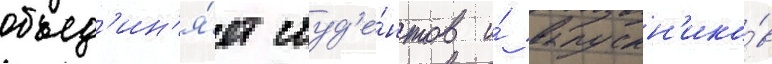
объед'ин'я́ет студ'е́нтов и́ выпускн'ико́в